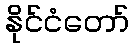
နိုင်ငံတော်